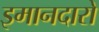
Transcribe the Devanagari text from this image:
इमानदारो